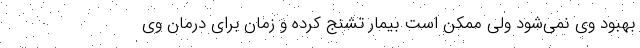
بهبود وی نمی‌شود ولی ممکن است بیمار تشنج کرده و زمان برای درمان وی